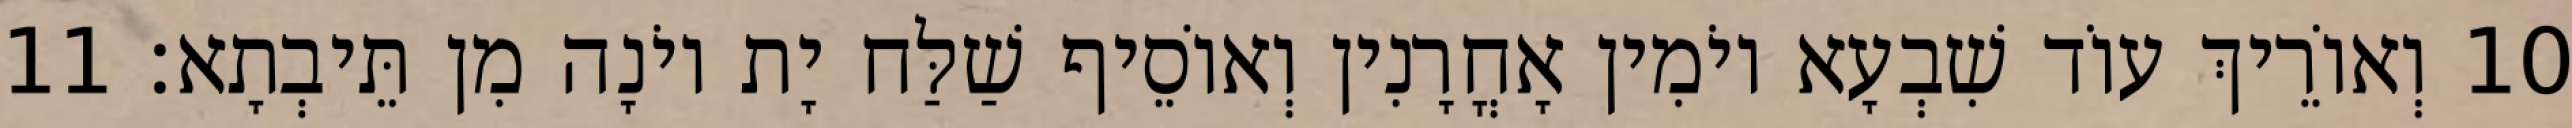
10 וְאוֹרֵיךְ עוֹד שִׁבְעָא יוֹמִין אָחֳרָנִין וְאוֹסֵיף שַׁלַּח יָת יוֹנָה מִן תֵּיבְתָא׃ 11